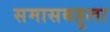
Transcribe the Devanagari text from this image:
समासबहुला